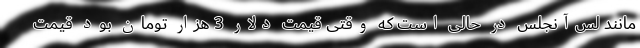
مانند لس‌آنجلس در حالی است که وقتی قیمت دلار 3 هزار تومان بود قیمت